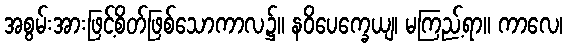
အစွမ်းအားဖြင့်စိတ်ဖြစ်သောကာလ၌။ နဝိပေက္ခေယျ၊ မကြည့်ရာ။ ကာလေ၊